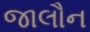
જાલૌન